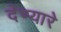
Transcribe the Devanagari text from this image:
देण्यारे